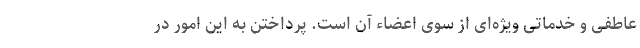
عاطفی و خدماتی ویژه‌ای از سوی اعضاء آن است. پرداختن به این امور در